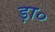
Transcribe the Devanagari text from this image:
ड़ा०